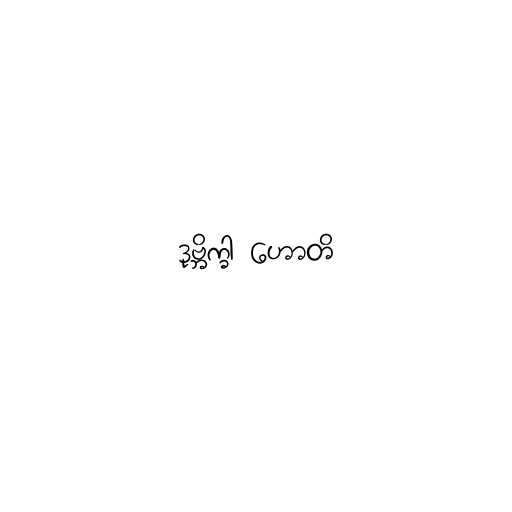
ဒုဗ္ဘိက္ခါ ဟောတိ